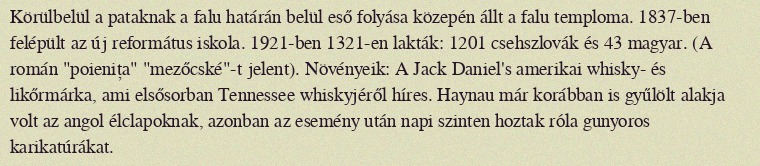
Körülbelül a pataknak a falu határán belül eső folyása közepén állt a falu temploma. 1837-ben felépült az új református iskola. 1921-ben 1321-en lakták: 1201 csehszlovák és 43 magyar. (A román "poienița" "mezőcské"-t jelent). Növényeik: A Jack Daniel's amerikai whisky- és likőrmárka, ami elsősorban Tennessee whiskyjéről híres. Haynau már korábban is gyűlölt alakja volt az angol élclapoknak, azonban az esemény után napi szinten hoztak róla gunyoros karikatúrákat.